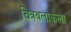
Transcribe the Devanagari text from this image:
चित्रबलाकला